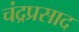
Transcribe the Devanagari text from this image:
चंद्रप्रसाद